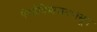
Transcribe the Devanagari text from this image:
पेशीविभाजनपासून